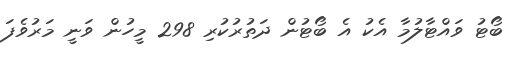
ބޯޓު ވައްޓާލުމާ އެކު އެ ބޯޓުން ދަތުރުކުރި 298 މީހުން ވަނީ މަރުވެފަ